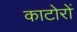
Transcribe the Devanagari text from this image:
काटोरों